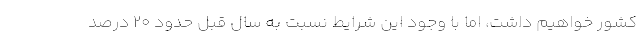
کشور خواهیم داشت، اما با وجود این شرایط نسبت به سال قبل حدود ۲۰ درصد